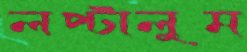
লপ্‌টালুম